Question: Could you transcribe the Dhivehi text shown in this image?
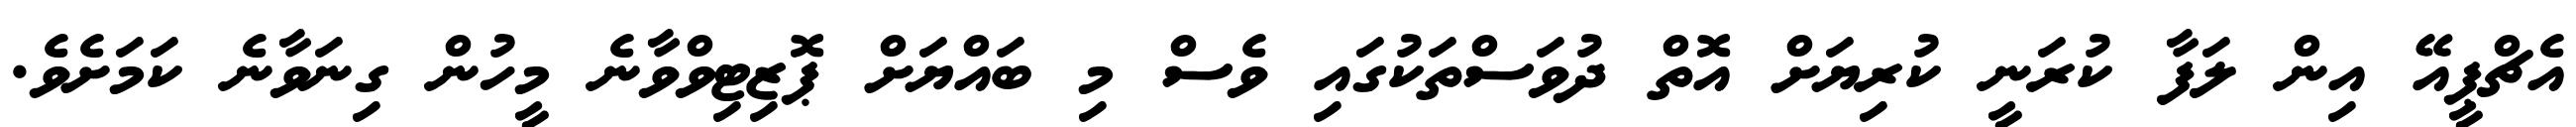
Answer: އެޗްޕީއޭ އިން ލަފާ ކުރަނީ ކުރިޔަށް އޮތް ދުވަސްތަކުގައި ވެސް މި ބައްޔަށް ޕޮޒިޓިވްވާނެ މީހުން ގިނަވާނެ ކަމަށެވެ.